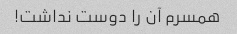
همسرم آن را دوست نداشت!